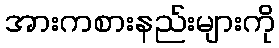
အားကစားနည်းများကို